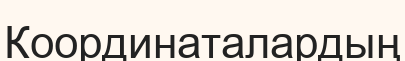
Координаталардың